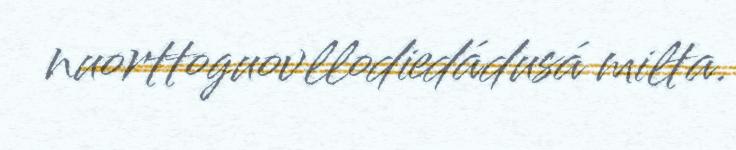
nuorttoguovllodiedádusá milta.